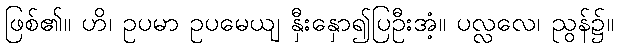
ဖြစ်၏။ ဟိ၊ ဥပမာ ဥပမေယျ နှီးနှော၍ပြဦးအံ့။ ပလ္လလေ၊ ညွန်၌။